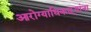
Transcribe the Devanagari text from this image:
आरोग्याधिकाऱ्यांना